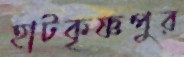
হাটকৃষ্ণপুর